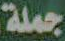
جملة